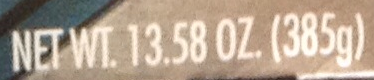
NET WE. 13.58 OZ. (385g)